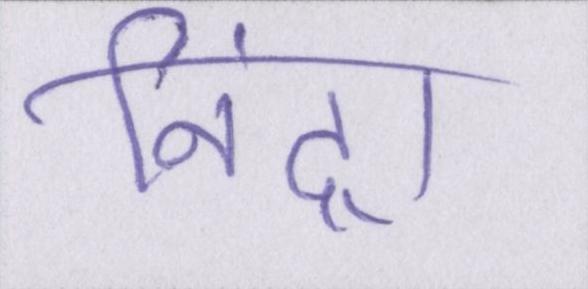
निंद्रा